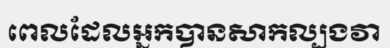
ពេលដែលអ្នកបានសាកល្បងវា